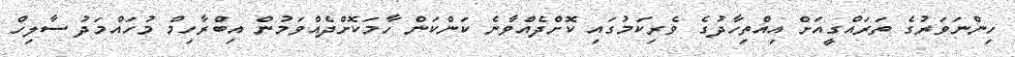
ހިންނަވަރުގެ ތަރައްގީއަށް އިއްތިހާދުގެ ވެރިކަމުގައި ކޮށްދެއްވާނެ ކަންކަން ހާމަކޮށްދެއްވަމުން އިބްރާހިމް މުހައްމަދު ސާލިހް